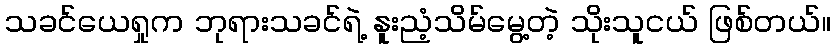
သခင်ယေရှုက ဘုရားသခင်ရဲ့ နူးညံ့သိမ်မွေ့တဲ့ သိုးသူငယ် ဖြစ်တယ်။